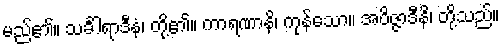
မည်၏။ သင်္ခါရာဒီနံ၊ တို့၏။ ကာရဏာနိ၊ ကုန်သော။ အဝိဇ္ဇာဒီနိ၊ တို့သည်။